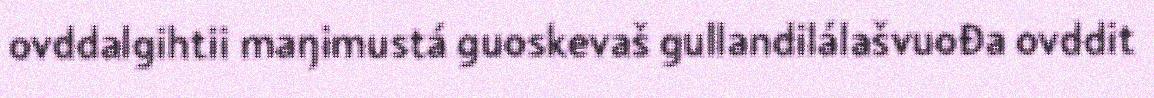
ovddalgihtii maŋimustá guoskevaš gullandilálašvuođa ovddit